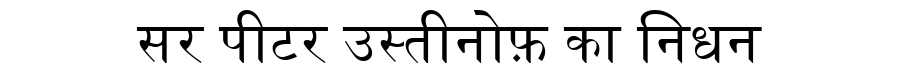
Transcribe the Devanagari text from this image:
सर पीटर उस्तीनोफ़ का निधन